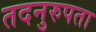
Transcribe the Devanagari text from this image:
तदनुरुपता